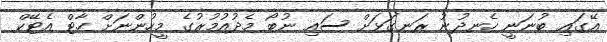
އޭގައި ބުނަނީ ހެނދުނު ރަނގަޅަށް ސައި ނުބޯ މެދުއުމުރުގެ މީހުންނަށް ހާޓް އެޓޭކް